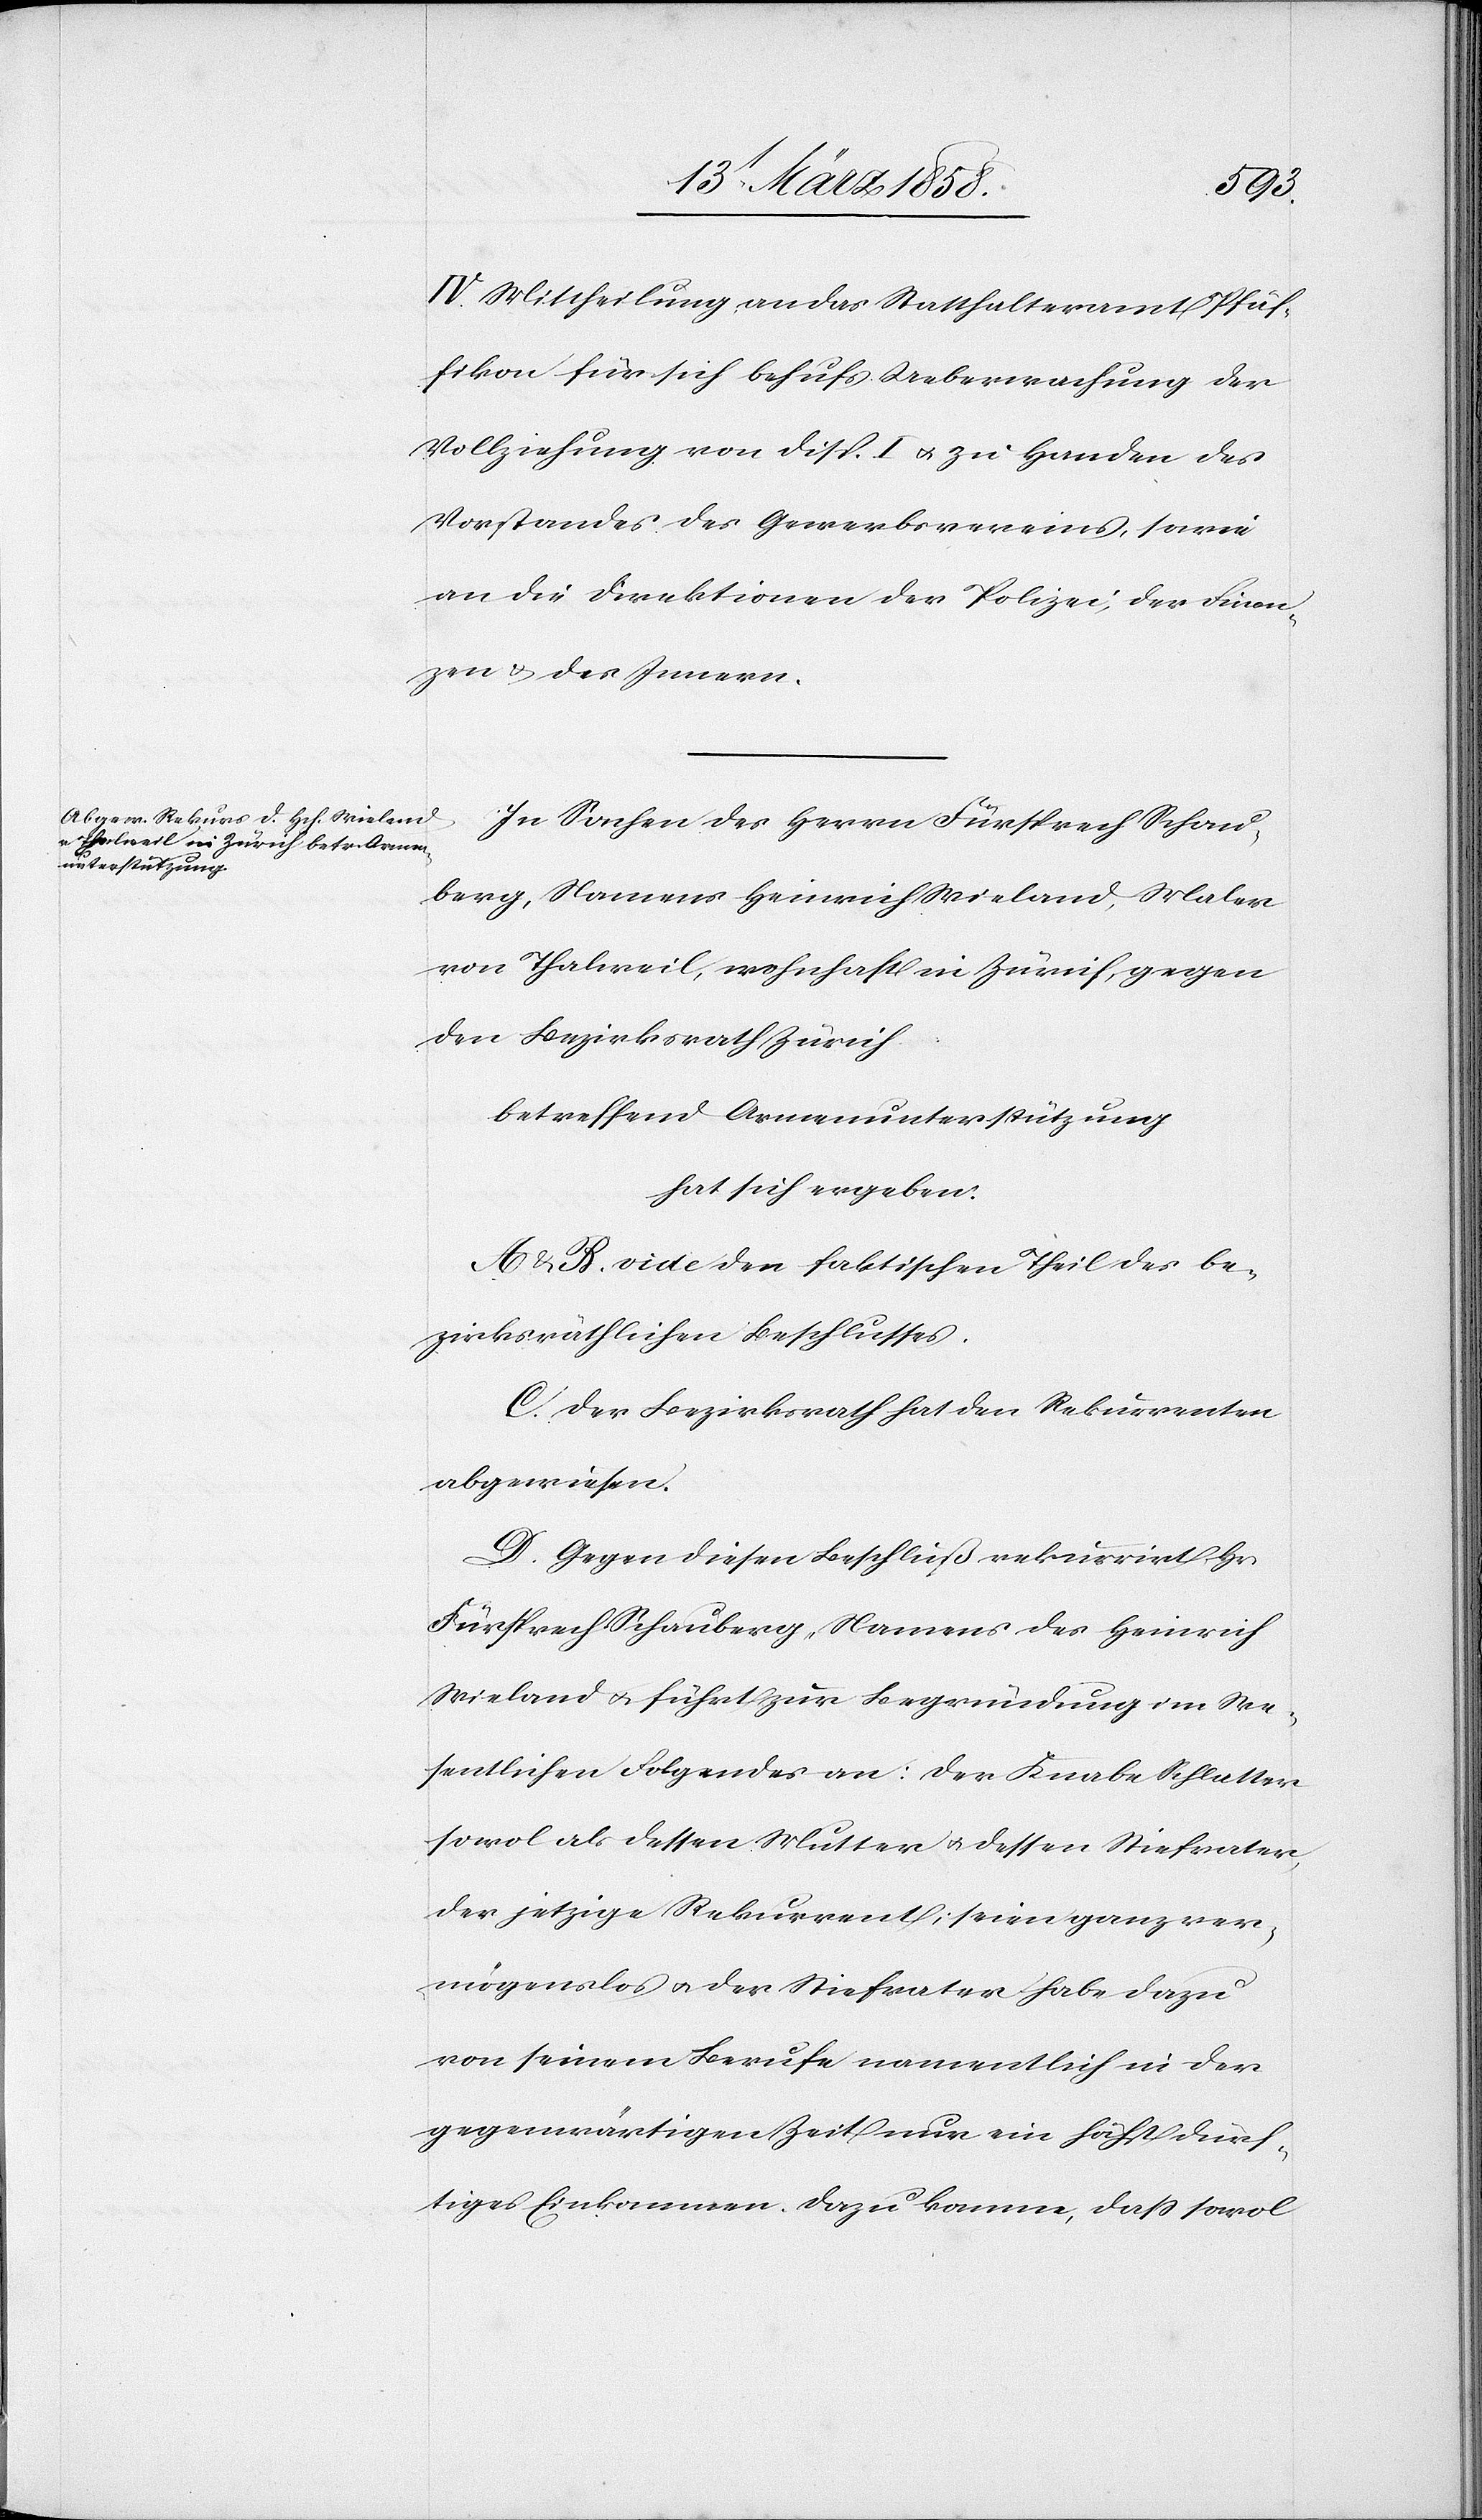
IV. Mittheilung an das Statthalteramt Pfäf¬
fikon für sich behufs Ueberwachung der
Vollziehung von Disp. I u. zu Handen des
Vorstandes des Gewerbsvereins, sowie
an die Direktionen der Polizei, der Finan¬
zen u. des Innern.
In Sachen des Herrn Fürsprech Schau¬
berg, Namens Heinrich Wieland, Maler
von Thalweil, wohnhaft in Zürich, gegen
den Bezirksrath Zürich
betreffend Armenunterstützung
hat sich ergeben:
A u. B. vide den faktischen Theil des be¬
zirksräthlichen Beschlusses.
C. Der Bezirksrath hat den Rekurrenten
abgewiesen.
D. Gegen diesen Beschluß rekurrirt Hr.
Fürsprech Schauberg, Namens des Heinrich
Wieland u. führt zur Begründung im We¬
sentlichen Folgendes an: Der Knabe Schlatter
sowol als dessen Mutter u. dessen Stiefvater,
der jetzige Rekurrent, seien ganz ver¬
mögenslos u. der Stiefvater habe dazu
von seinem Berufe namentlich in der
gegenwärtigen Zeit nur ein höchst dürf¬
tiges Einkommen. Dazu komme, daß sowol